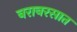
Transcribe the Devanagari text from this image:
बराबरसात